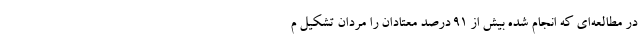
در مطالعه‌ای که انجام شده بیش از ۹۱ درصد معتادان را مردان تشکیل م